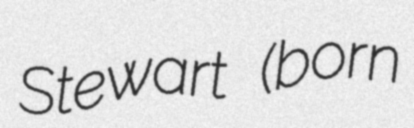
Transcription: Stewart (born